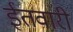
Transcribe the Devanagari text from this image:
ईतवारी